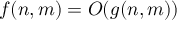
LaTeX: ~ f ( n , m ) = O ( g ( n , m ) )